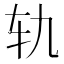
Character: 轨